Annual report on the lock hospitals of the Madras Presidency
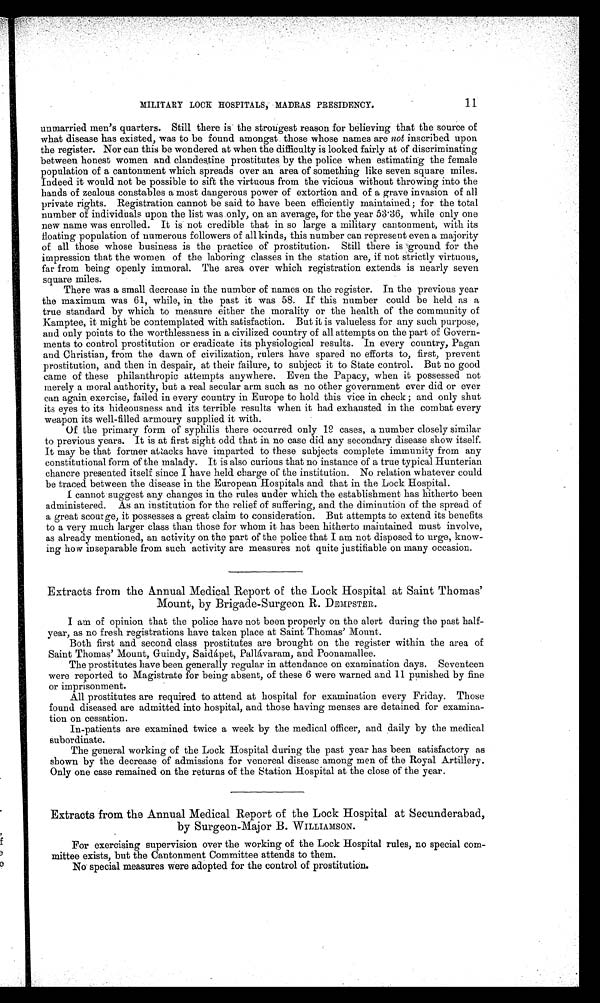
MILITARY LOCK HOSPITALS, MADRAS PRESIDENCY.
11
unmarried men's quarters. Still there is the strongest reason for believing that the source of
what disease has existed, was to be found amongst those whose names are not inscribed upon
the register. Nor can this be wondered at when the difficulty is looked fairly at of discriminating
between honest women and clandestine prostitutes by the police when estimating the female
population of a cantonment which spreads over an area of something like seven square miles.
Indeed it would not be possible to sift the virtuous from the vicious without throwing into the
hands of zealous constables a most dangerous power of extortion and of a grave invasion of all
private rights. Registration cannot be said to have been efficiently maintained; for the total
number of individuals upon the list was only, on an average, for the year 53.36, while only one
new name was enrolled. It is not credible that in so large a military cantonment, with its
floating population of numerous followers of all kinds, this number can represent even a majority
of all those whose business is the practice of prostitution. Still there is ground for the
impression that the women of the laboring classes in the station are, if not strictly virtuous,
far from being openly immoral. The area over which registration extends is nearly seven
square miles.
There was a small decrease in the number of names on the register. In the previous year
the maximum was 61, while, in the past it was 58. If this number could be held as a
true standard by which to measure either the morality or the health of the community of
Kamptee, it might be contemplated with satisfaction. But it is valueless for any such purpose,
and only points to the worthlessness in a civilized country of all attempts on the part of Govern-
ments to control prostitution or eradicate its physiological results. In every country, Pagan
and Christian, from the dawn of civilization, rulers have spared no efforts to, first, prevent
prostitution, and then in despair, at their failure, to subject it to State control. But no good
came of these philanthropic attempts anywhere. Even the Papacy, when it possessed not
merely a moral authority, but a real secular arm such as no other government ever did or ever
can again exercise, failed in every country in Europe to hold this vice in check ; and only shut
its eyes to its hideousness and its terrible results when it had exhausted in the combat every
weapon its well-filled armoury supplied it with.
Of the primary form of syphilis there occurred only 19 cases, a number closely similar
to previous years. It is at first sight odd that in no case did any secondary disease show itself.
It may be that former attacks have imparted to these subjects complete immunity from any
constitutional form of the malady. It is also curious that no instance of a true typical Hunterian
chancre presented itself since I have held charge of the institution. No relation whatever could
be traced between the disease in the European Hospitals and that in the Lock Hospital.
I cannot suggest any changes in the rules under which the establishment has hitherto been
administered. As an institution for the relief of suffering, and. the diminution of the spread of
a great scourge, it possesses a great claim to consideration. But attempts to extend its benefits
to a very much larger class than those for whom it has been hitherto maintained must involve,
as already mentioned, an activity on the part of the police that I am not disposed to urge, know-
ing how inseparable from such activity are measures not quite justifiable on many occasion.
Extracts from the Annual Medical Report a the Lock Hospital at Saint Thomas'
Mount, by Brigade-Surgeon R. DEMPSTER.
I am of opinion that the police have not been properly on the alert during the past half-
year, as no fresh registrations have taken place at Saint Thomas' Mount.
Both first and second class prostitutes are brought on the register within the area of
Saint Thomas' Mount, Guindy, Saidápet, Pallávaram, and Poonamallee.
The prostitutes have been generally reuglar in attendance on examination days. Seventeen
were reported to Magistrate for being absent, of these 6 were warned and 11 punished by fine
or imprisonment.
All prostitutes are required to attend at hospital for examination every Friday. Those
found diseased are admitted into hospital, and those having menses are detained for examina-
tion on cessation.
In-patients are examined twice a week by the medical officer, and daily by the medical.
subordinate.
The general working of the Lock Hospital during the past year has been satisfactory as
shown by the decrease of admissions for venereal disease among men of the Royal Artillery.
Only one case remained on the returns of the Station Hospital at the close of the year.
Extracts from the Annual Medical Report of the Lock Hospital at Secunderabad,
by Surgeon-Major B. WILLIAMSON.
For exercising supervision over the working of the Lock Hospital rules, no special com-
mittee exists, but the Cantonment Committee attends to them.
No special measures were adopted for the control of prostitution.